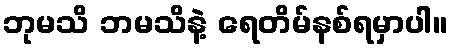
ဘုမသိ ဘမသိနဲ့ ရေတိမ်နစ်ရမှာပါ။